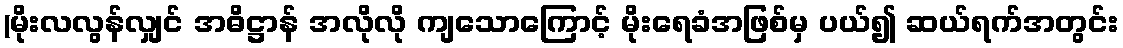
(မိုးလလွန်လျှင် အဓိဋ္ဌာန် အလိုလို ကျသောကြောင့် မိုးရေခံအဖြစ်မှ ပယ်၍ ဆယ်ရက်အတွင်း